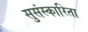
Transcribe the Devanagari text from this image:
सुसंस्कारिता